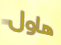
هاول